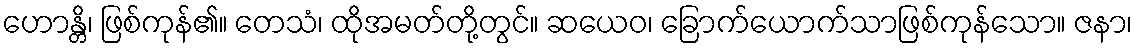
ဟောန္တိ၊ ဖြစ်ကုန်၏။ တေသံ၊ ထိုအမတ်တို့တွင်။ ဆယေဝ၊ ခြောက်ယောက်သာဖြစ်ကုန်သော။ ဇနာ၊